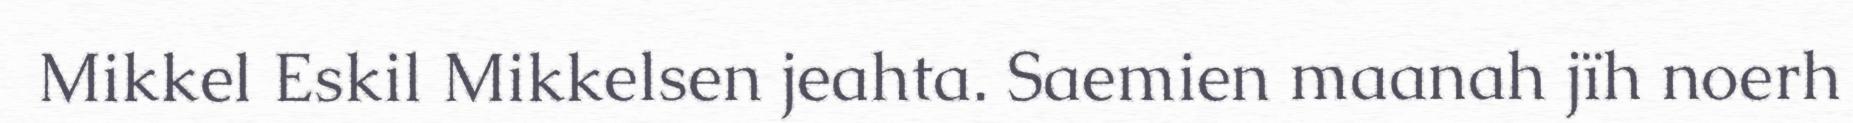
Mikkel Eskil Mikkelsen jeahta. Saemien maanah jïh noerh